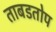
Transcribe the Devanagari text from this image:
ताबडतोप